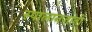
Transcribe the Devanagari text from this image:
स्पालानज़ानी